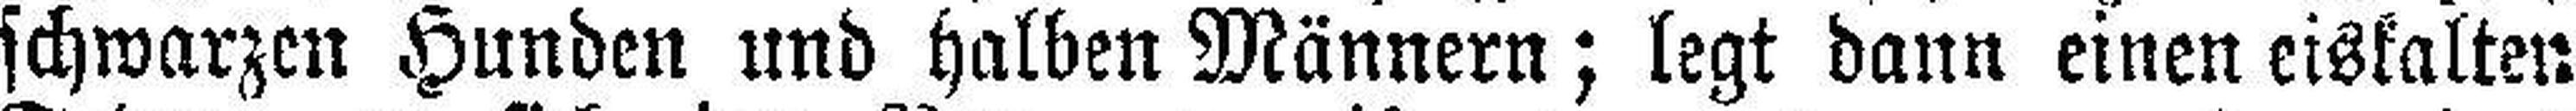
schwarzen Hunden und halben Männern; legt dann einen eiskalten